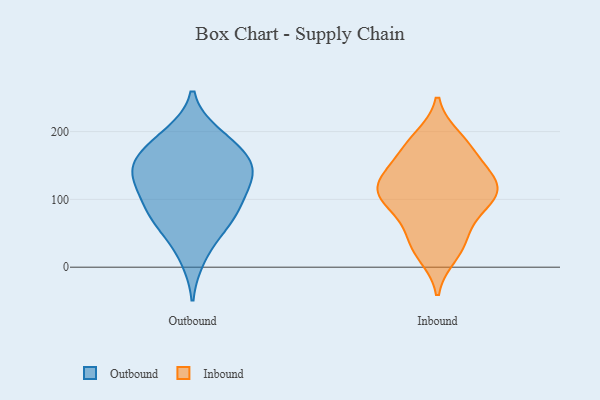
{"axis": {"x": "Temperature (°C)", "y": "Value"}, "legend": ["Inbound", "Outbound"], "data": [{"x": "", "y": 71, "type": "Outbound"}, {"x": "", "y": 148, "type": "Outbound"}, {"x": "", "y": 151, "type": "Outbound"}, {"x": "", "y": 144, "type": "Outbound"}, {"x": "", "y": 101, "type": "Outbound"}, {"x": "", "y": 177, "type": "Outbound"}, {"x": "", "y": 191, "type": "Outbound"}, {"x": "", "y": 196, "type": "Outbound"}, {"x": "", "y": 156, "type": "Outbound"}, {"x": "", "y": 70, "type": "Outbound"}, {"x": "", "y": 120, "type": "Outbound"}, {"x": "", "y": 113, "type": "Outbound"}, {"x": "", "y": 141, "type": "Outbound"}, {"x": "", "y": 54, "type": "Outbound"}, {"x": "", "y": 86, "type": "Outbound"}, {"x": "", "y": 14, "type": "Outbound"}, {"x": "", "y": 110, "type": "Inbound"}, {"x": "", "y": 137, "type": "Inbound"}, {"x": "", "y": 74, "type": "Inbound"}, {"x": "", "y": 107, "type": "Inbound"}, {"x": "", "y": 18, "type": "Inbound"}, {"x": "", "y": 92, "type": "Inbound"}, {"x": "", "y": 45, "type": "Inbound"}, {"x": "", "y": 170, "type": "Inbound"}, {"x": "", "y": 182, "type": "Inbound"}, {"x": "", "y": 191, "type": "Inbound"}, {"x": "", "y": 127, "type": "Inbound"}, {"x": "", "y": 145, "type": "Inbound"}, {"x": "", "y": 118, "type": "Inbound"}, {"x": "", "y": 33, "type": "Inbound"}, {"x": "", "y": 103, "type": "Inbound"}]}